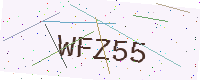
Text: WFZ55